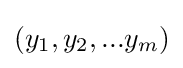
(y_{1},y_{2},...y_{m})